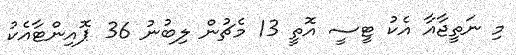
މި ނަތީޖާއާ އެކު ޓީސީ އޮތީ 13 މެޗުން ލިބުނު 36 ޕޮއިންޓާއެކު